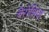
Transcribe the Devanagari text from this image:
बेरोशिज